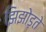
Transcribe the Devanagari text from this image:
झिझोड़ते